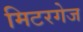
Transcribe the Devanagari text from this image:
मिटरगेज